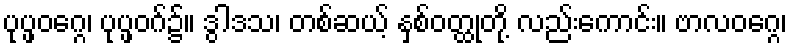
ပုပ္ဖဝဂ္ဂေ၊ ပုပ္ဖဝဂ်၌။ ဒွါဒသ၊ တစ်ဆယ့် နှစ်ဝတ္ထုတို့ လည်းကောင်း။ ဗာလဝဂ္ဂေ၊